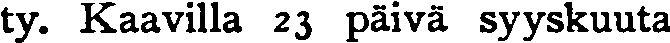
ty. Kaavilla 23 päivä syyskuuta